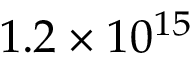
1 . 2 \times 1 0 ^ { 1 5 }